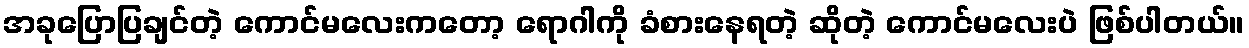
အခုပြောပြချင်တဲ့ ကောင်မလေးကတော့ ရောဂါကို ခံစားနေရတဲ့ ဆိုတဲ့ ကောင်မလေးပဲ ဖြစ်ပါတယ်။